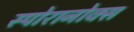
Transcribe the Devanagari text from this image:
स्पोरानोक्स